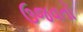
ઉજવતો